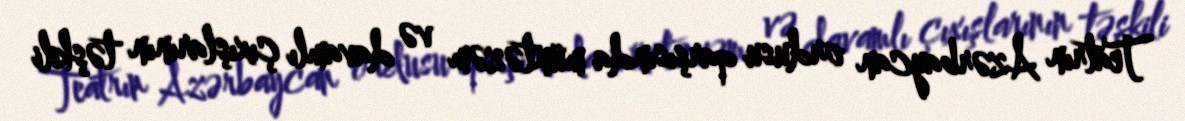
Teatrın Azərbaycan ordusu qarşısında müntəzəm və davamlı çıxışlarının təşkili